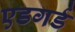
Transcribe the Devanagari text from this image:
एडगर्ड